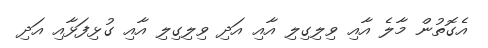
އެގޮތުން މާލެ އާއި ވިލިގިލި އާއި އަދި ވިލިގިލި އާއި ގުޅިފަޅާއި އަދި